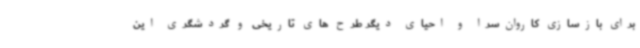
برای بازسازی کاروان‌سرا و احیای دیگر طرح های تاریخی و گردشگری این